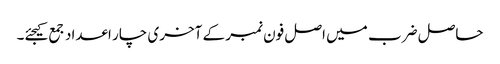
حاصل ضرب میں اصل فون نمبر کے آخری چار اعداد جمع کیجئے۔